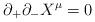
LaTeX: \begin{align*}\partial_+\partial_- X^\mu =0\end{align*}